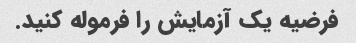
فرضیه یک آزمایش را فرموله کنید.